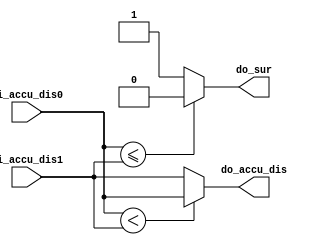
module ACSCOM(
    input [11:0] di_accu_dis0,      //% input current accumulative hamming
    input [11:0] di_accu_dis1,      //% distance from ACSADD unit
    output [11:0] do_accu_dis,      //% output the smaller hamming distance
    output do_sur                   //% output the survivor
    );

    //*****   function to compare the accumulation distancce    *****//
    
    function [11:0] find_min_dis;
    input [11:0] di_accu_dis0;
    input [11:0] di_accu_dis1;
    begin
        if (di_accu_dis0 < di_accu_dis1) begin
            find_min_dis = di_accu_dis0;
        end
        else begin
            find_min_dis = di_accu_dis1;
        end
    end
    endfunction

    function find_sur;                
    input [11:0] a,b;
    begin
        if (a <= b) begin
            find_sur = 0;
        end
        else begin
            find_sur = 1;        
        end    
    end
    endfunction
   
    assign do_accu_dis = find_min_dis(di_accu_dis0,di_accu_dis1);
    assign do_sur = find_sur(di_accu_dis0,di_accu_dis1);


endmodule